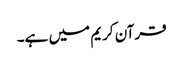
قرآن کریم میں ہے۔